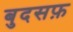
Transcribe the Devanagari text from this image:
बुदसफ़